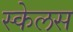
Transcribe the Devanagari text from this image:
स्केलस